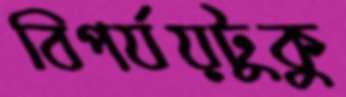
বিপর্যয়টুকু